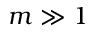
m \gg 1